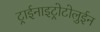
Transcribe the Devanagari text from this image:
ट्राईनाइट्रोटोलुईन